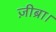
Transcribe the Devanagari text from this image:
ज़ीब्रा।